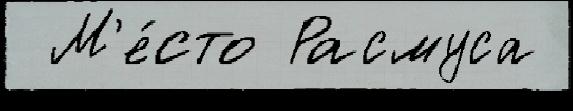
 М'е́сто Расмуса